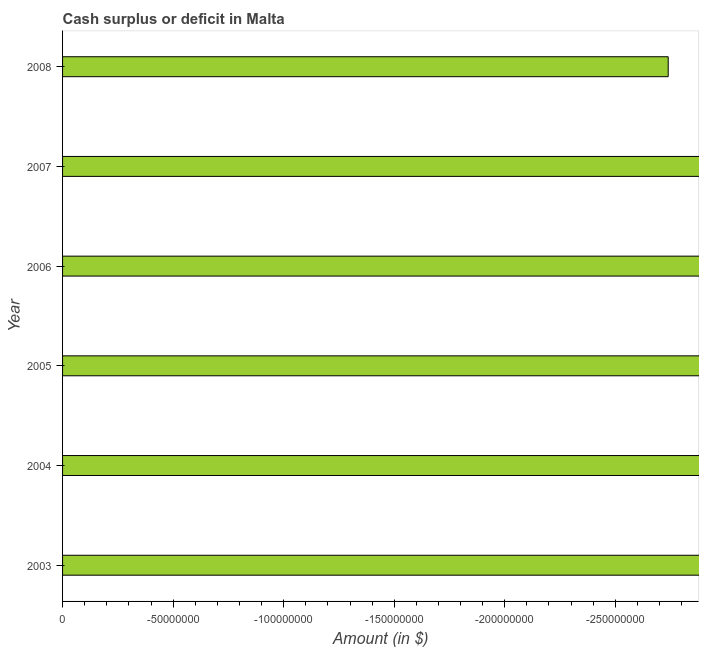
| Year | Cash surplus or deficit |
 | --- | --- |
 | 2003 | -1e+09 |
 | 2004 | -5.08e+08 |
 | 2005 | -3.43e+08 |
 | 2006 | -3.28e+08 |
 | 2007 | -2.99e+08 |
 | 2008 | -2.74e+08 |